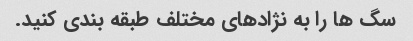
سگ ها را به نژادهای مختلف طبقه بندی کنید.